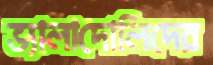
ভ্যালাদোলিদের